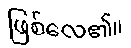
ဖြစ်လေ၏။